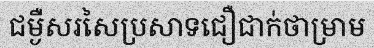
ជម្ងឺសរសៃប្រសាទជឿជាក់ថាម្រាម